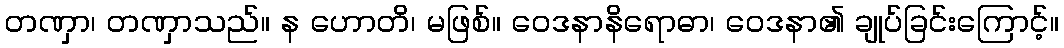
တဏှာ၊ တဏှာသည်။ န ဟောတိ၊ မဖြစ်။ ဝေဒနာနိရောဓာ၊ ဝေဒနာ၏ ချုပ်ခြင်းကြောင့်။